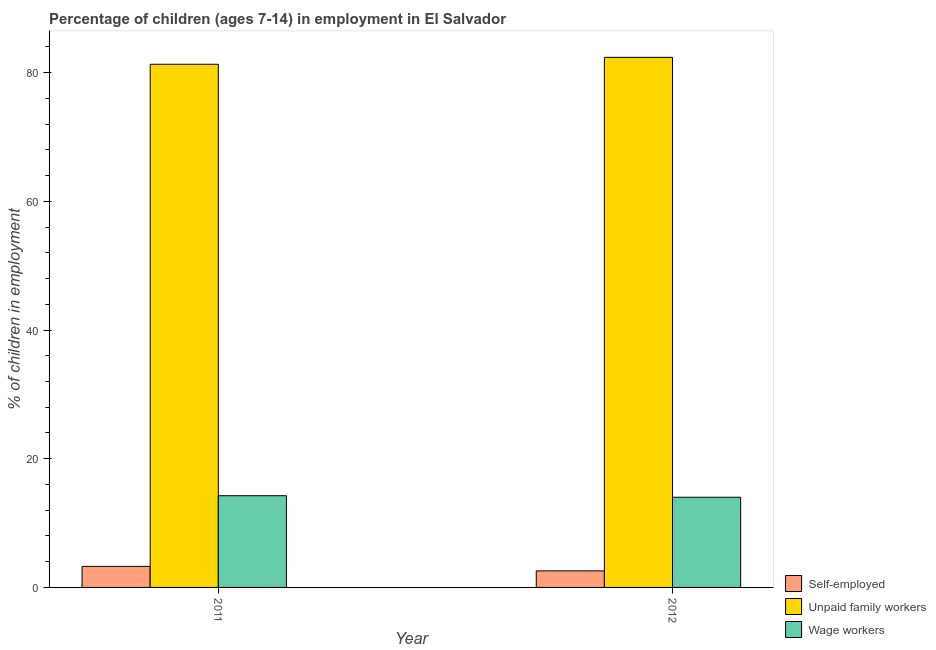
| Year | Self-employed | Unpaid family workers | Wage workers |
 | --- | --- | --- | --- |
 | 2011 | 3.27 | 81.3 | 14.2 |
 | 2012 | 2.57 | 82.4 | 14 |